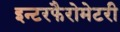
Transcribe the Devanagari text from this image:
इन्टरफैरोमेटरी